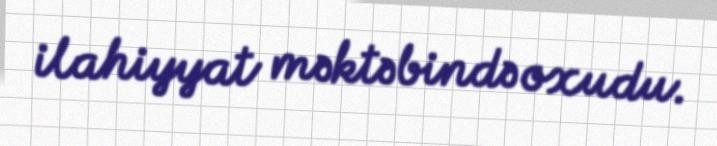
ilahiyyat məktəbində oxudu.